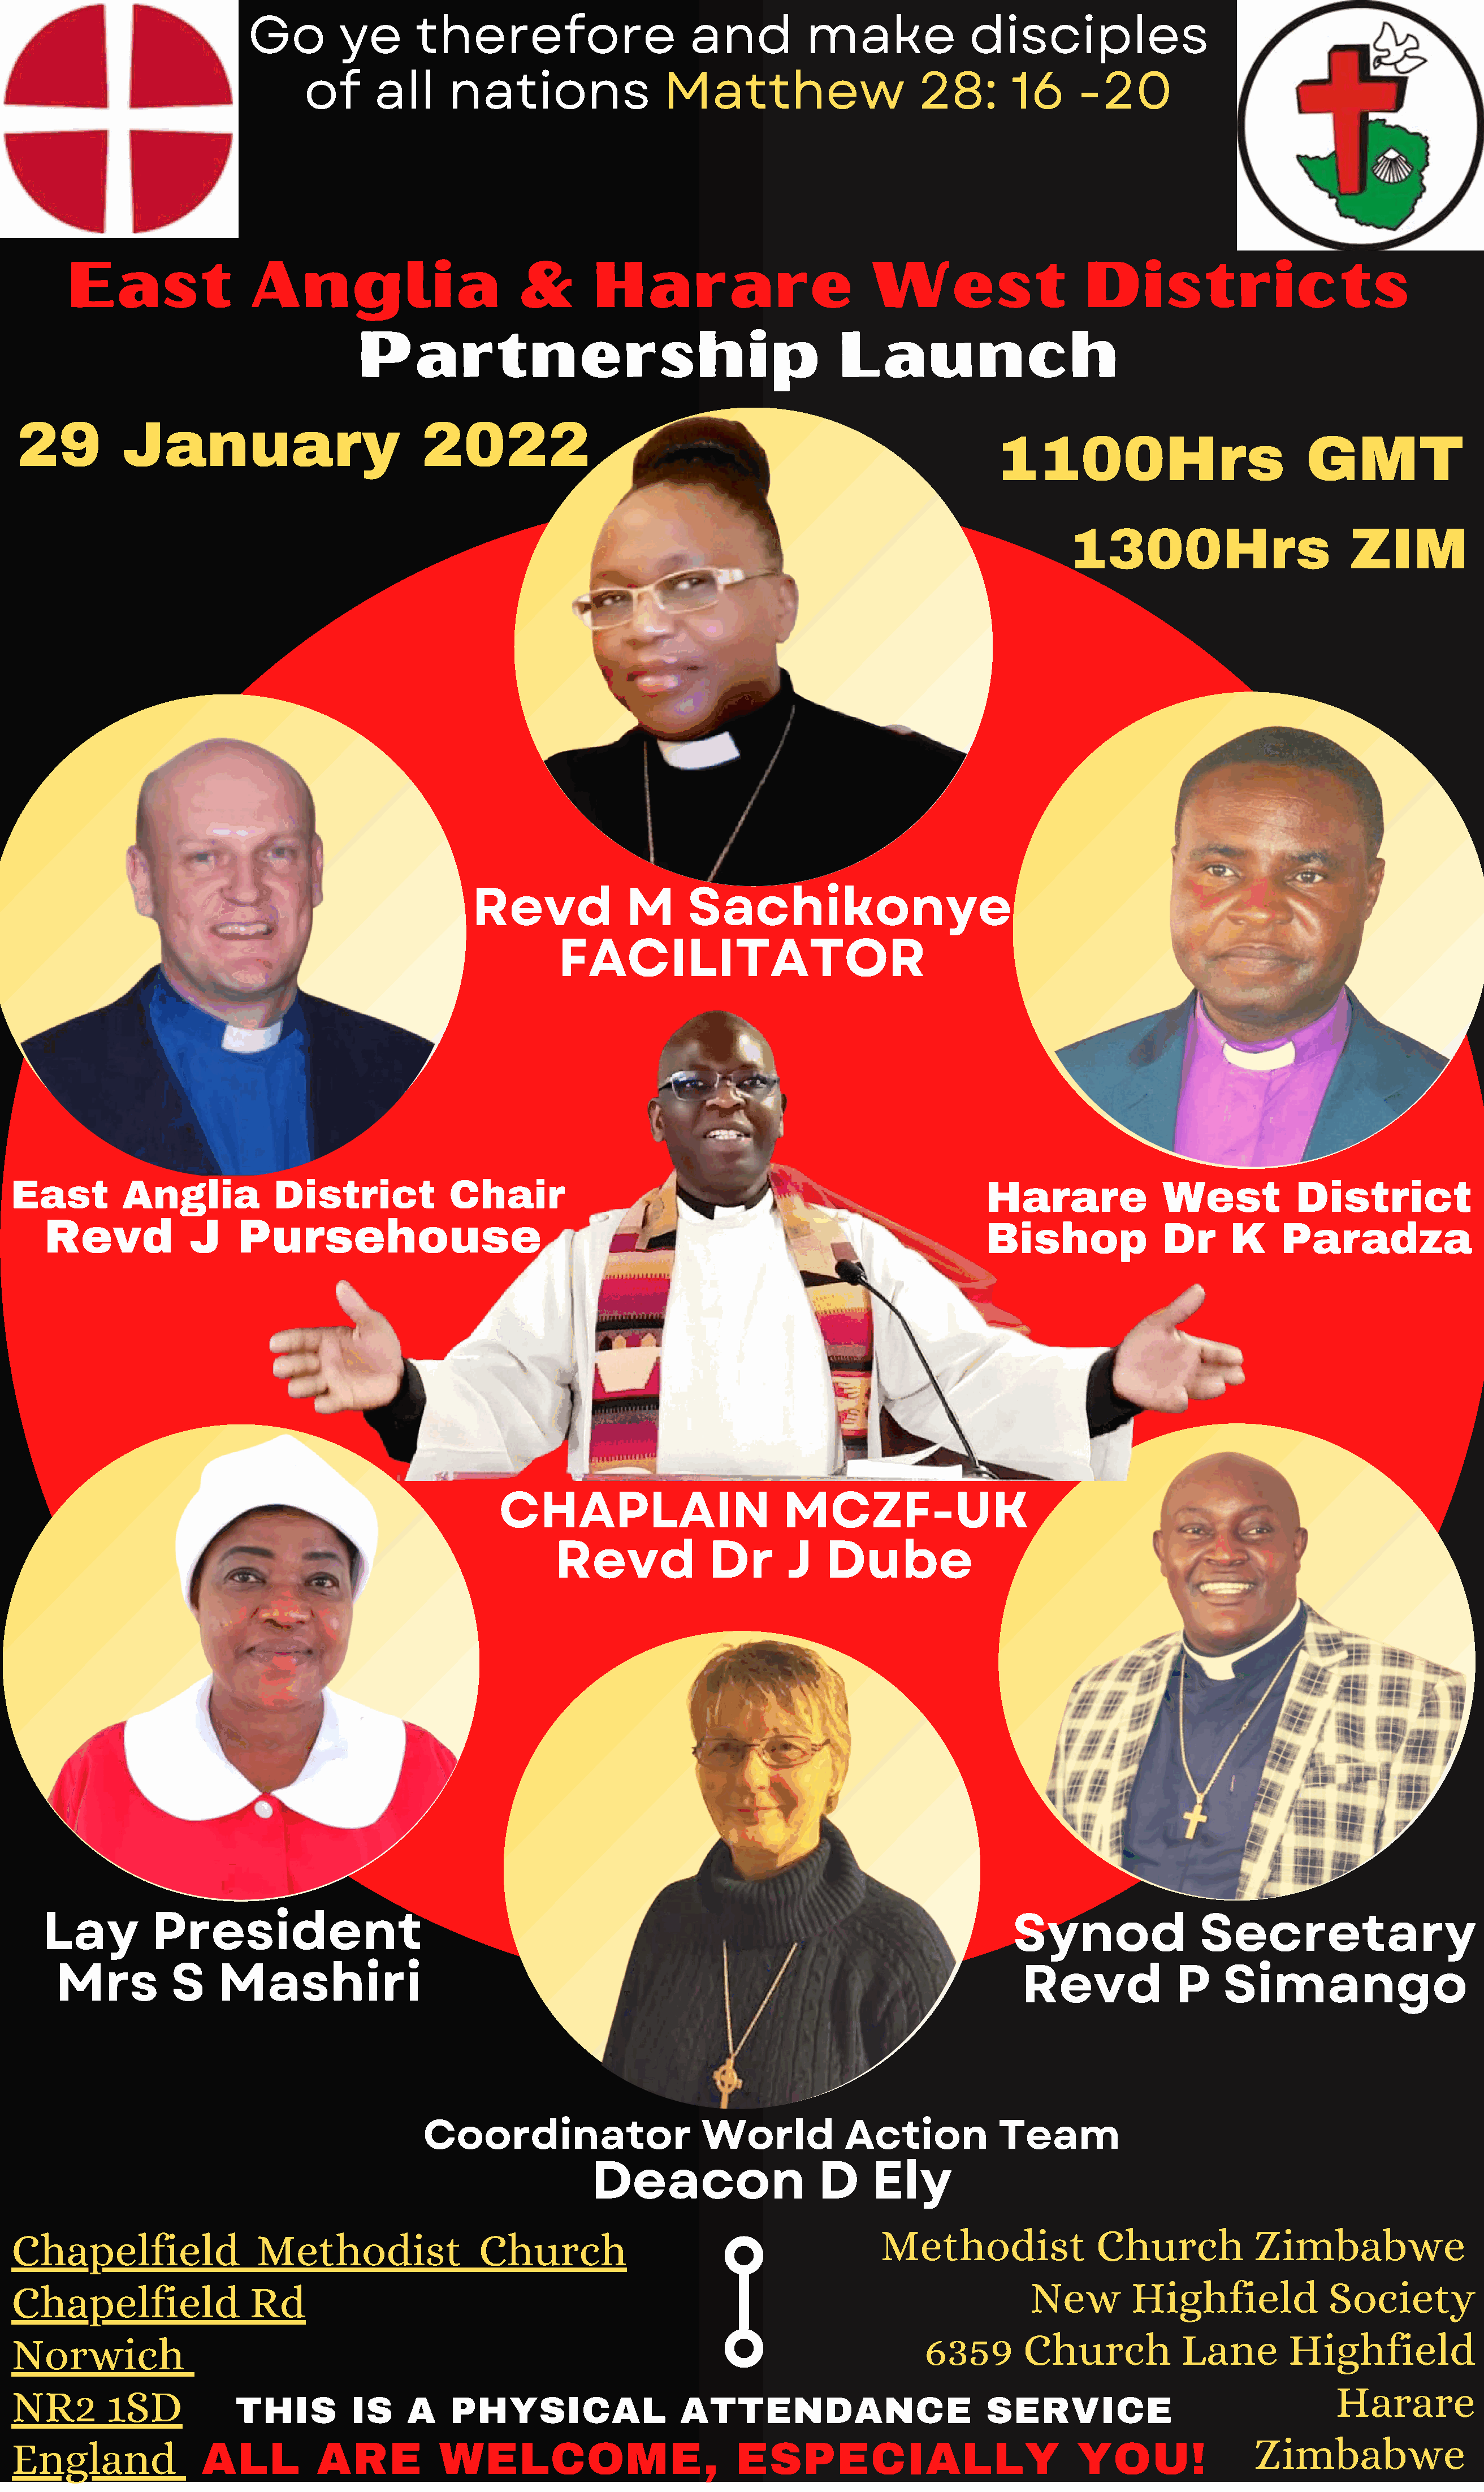
Go         ye       therefore                       and          make               disciples
 of      all     nations                   Matthew                       28:       16      -20
 East                 Anglia                          &       Harare                           West                     Districts
 Partnership                                             Launch
 29          January                            2022
 1100Hrs                             GMT
 1300Hrs                          ZIM
 Revd              M       Sachikonye
 FACILITATOR
 East         Anglia            District             Chair                                                         Harare               West            District
 Revd             J     Pursehouse
 Bishop               Dr      K     Paradza
 CHAPLAIN                          MCZF-UK
 Revd              Dr       J    Dube
 Lay          President                                                                                            Synod                Secretary
 Mrs          S    Mashiri                                                                                        Revd              P    Simango
 Coordinator                     World            Action            Team
 Deacon                     D     Ely
 Methodist                Church             Zimbabwe
 Chapelfield                  Methodist                 Church
 New        Highfield               Society
 Chapelfield                 Rd
 6359        Church            Lane         Highfield
 Norwich
 Harare
 NR2        1SD
 THIS         IS     A    PHYSICAL                   ATTENDANCE                         SERVICE
 Zimbabwe
 England                ALL          ARE           WELCOME,                           ESPECIALLY                              YOU!